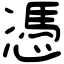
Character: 憑